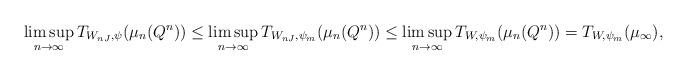
LaTeX: \begin{align*}\limsup_{n \to \infty} T_{W_{nJ}, \psi}(\mu_n(Q^n)) &\le \limsup_{n \to \infty} T_{W_{nJ},\psi_m}(\mu_n(Q^n)) \le \limsup_{n \to \infty} T_{W,\psi_m}(\mu_n(Q^n)) = T_{W,\psi_m}(\mu_\infty), \end{align*}